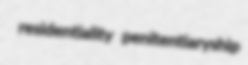
residentiality penitentiaryship